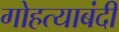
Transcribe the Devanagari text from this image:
गोहत्याबंदी